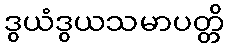
ဒွယံဒွယသမာပတ္တိ